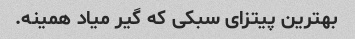
بهترین پیتزای سبکی که گیر میاد همینه.